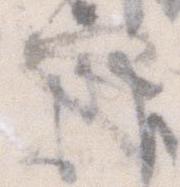
也